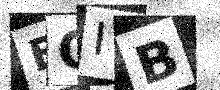
Text: BQIB